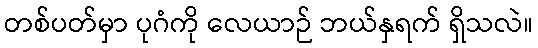
တစ်ပတ်မှာ ပုဂံကို လေယာဉ် ဘယ်နှရက် ရှိသလဲ။